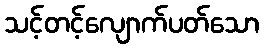
သင့်တင့်လျောက်ပတ်သော